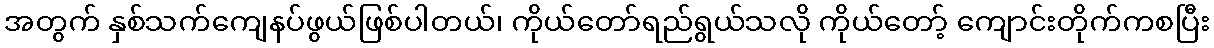
အတွက် နှစ်သက်ကျေနပ်ဖွယ်ဖြစ်ပါတယ်၊ ကိုယ်တော်ရည်ရွယ်သလို ကိုယ်တော့် ကျောင်းတိုက်ကစပြီး